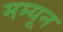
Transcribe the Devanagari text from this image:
मम्यून